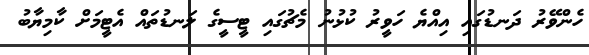
ހެންވޭރު ދަނޑުގައި އިއްޔެ ހަވީރު ކުޅުނު މެޗުގައި ޓީސީގެ ލަނޑުތައް އެޓީމަށް ކާމިޔާބު